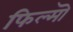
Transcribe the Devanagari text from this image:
फिल्मॊ